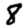
Digit: 8